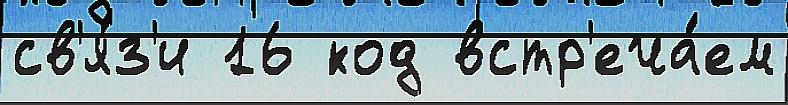
св'я́з'и 16 код встр'еча́ем